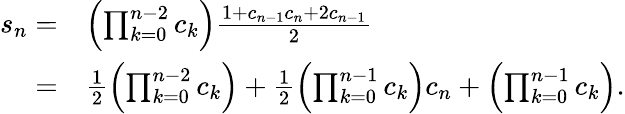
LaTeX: \begin{array}{rl}{s_{n}=}&{\left(\prod_{k=0}^{n-2}c_{k}\right)\frac{1+c_{n-1}c_{n}+2c_{n-1}}{2}}\\ {=}&{\frac{1}{2}\left(\prod_{k=0}^{n-2}c_{k}\right)+\frac{1}{2}\left(\prod_{k=0}^{n-1}c_{k}\right)c_{n}+\left(\prod_{k=0}^{n-1}c_{k}\right).}\end{array}